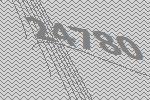
24780